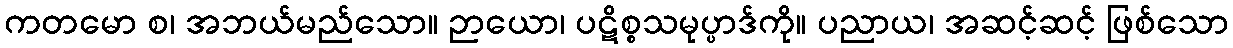
ကတမော စ၊ အဘယ်မည်သော။ ဉာယော၊ ပဋိစ္စသမုပ္ပာဒ်ကို။ ပညာယ၊ အဆင့်ဆင့် ဖြစ်သော